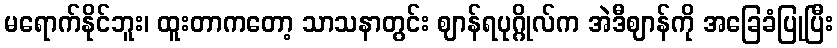
မရောက်နိုင်ဘူး၊ ထူးတာကတော့ သာသနာတွင်း ဈာန်ရပုဂ္ဂိုလ်က အဲဒီဈာန်ကို အခြေခံပြုပြီး